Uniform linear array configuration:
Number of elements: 12
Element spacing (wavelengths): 0.25
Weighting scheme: hann
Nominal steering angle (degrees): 45
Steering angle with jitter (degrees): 45.659
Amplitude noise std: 0.05
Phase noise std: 0.05

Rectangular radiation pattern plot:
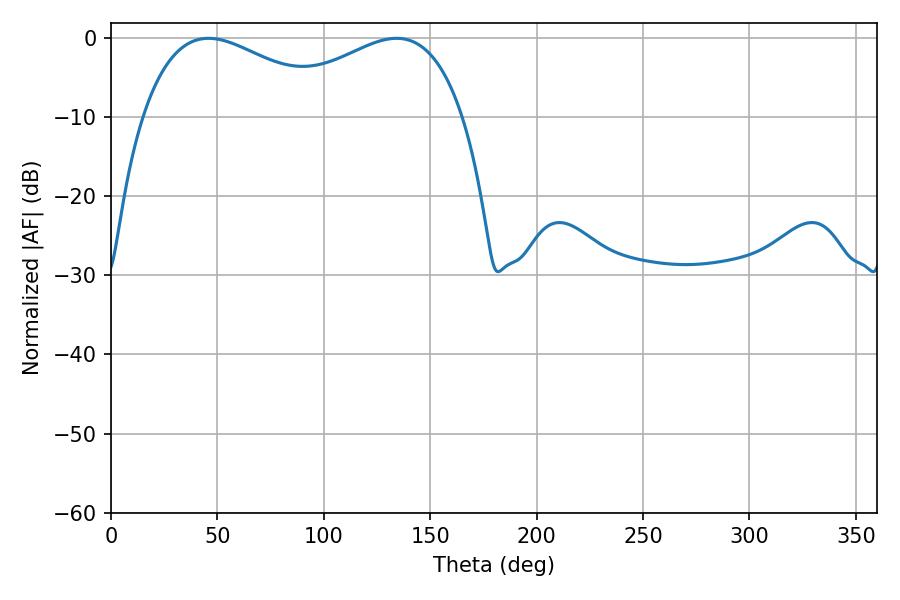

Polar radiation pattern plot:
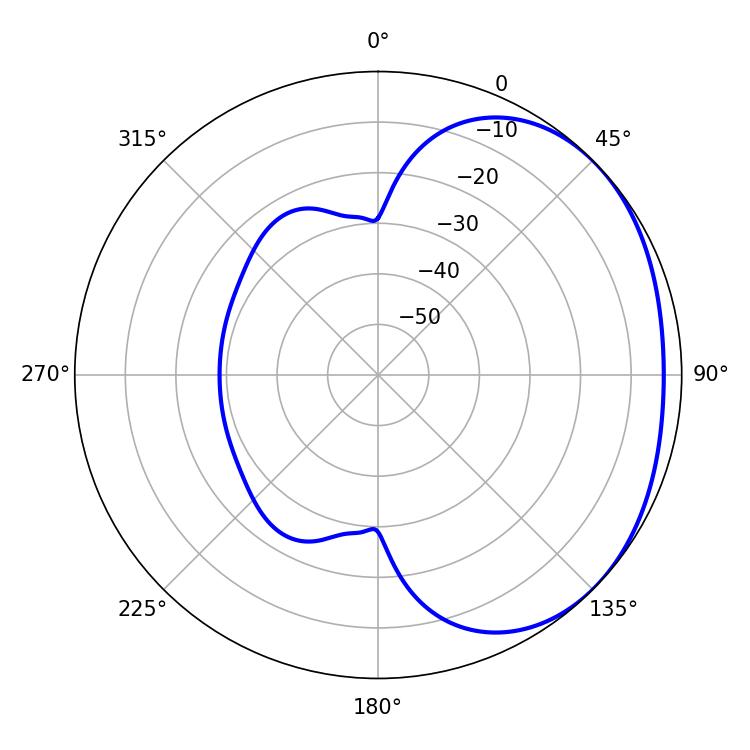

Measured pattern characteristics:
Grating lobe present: FALSE
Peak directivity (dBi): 1.894
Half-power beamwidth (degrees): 50.76
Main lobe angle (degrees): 45.72